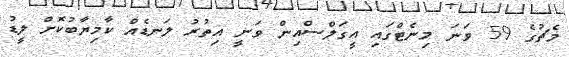
މެޗުގެ 59 ވަނަ މިނެޓްގައި އީގަލްސްއިން ވަނީ އިތުރު ލަނޑެއް ކާމިޔާބުކޮށް ލީޑު